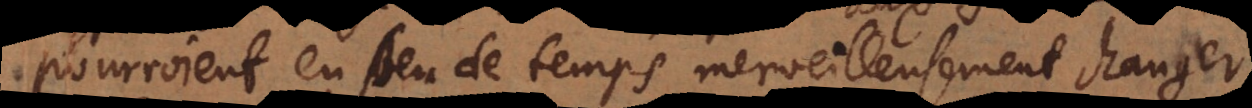
pourroient en peu de temps merveilleusement changer